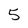
Character: 5